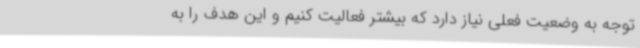
توجه به وضعیت فعلی نیاز دارد که بیشتر فعالیت کنیم و این هدف را به